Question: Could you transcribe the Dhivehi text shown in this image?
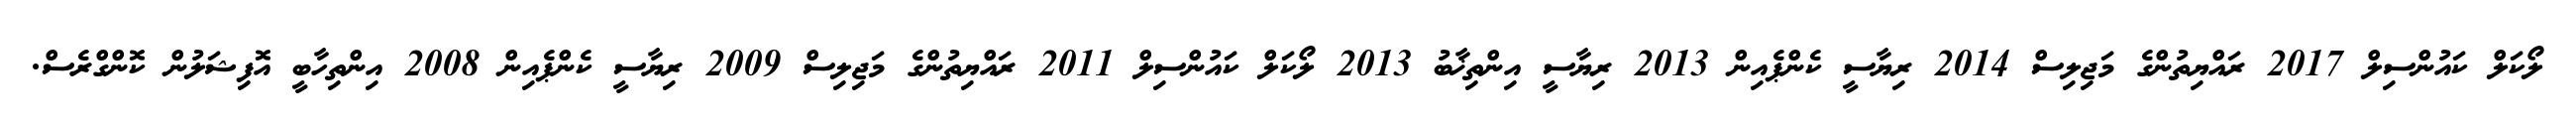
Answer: ލޯކަލް ކައުންސިލް 2017 ރައްޔިތުންގެ މަޖިލިސް 2014 ރިޔާސީ ކެންޕެއިން 2013 ރިޔާސީ އިންތިޚާބު 2013 ލޯކަލް ކައުންސިލް 2011 ރައްޔިތުންގެ މަޖިލިސް 2009 ރިޔާސީ ކެންޕެއިން 2008 އިންތިހާބީ އޮފިޝަލުން ކޮންގްރެސް.